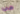
هي